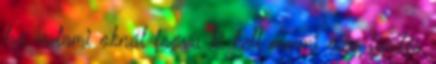
ha valami oknál fogva ki kell menni még fürdés